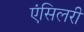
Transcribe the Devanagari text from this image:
एंसिलरी